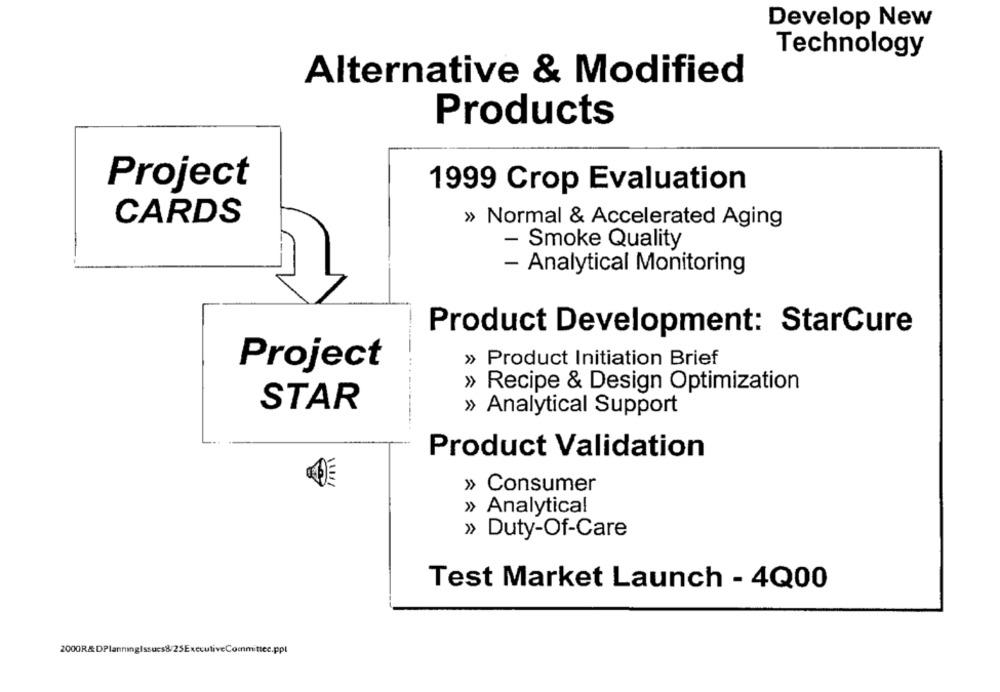
Develop New
Technology
Alternative & Modified
Products
Project
1999 Crop Evaluation
CARDS
» Normal & Accelerated Aging
- Smoke Quality
- Analytical Monitoring
Product Development: StarCure
» Product Initiation Brief
Project
» Recipe & Design Optimization
STAR
» Analytical Support
Product Validation
» Consumer
» Analytical
» Duty-Of-Care
Test Market Launch - 4Q00